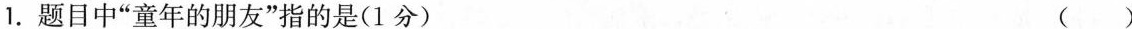
1.题目中”童年的朋友”指的是(1分) ( )